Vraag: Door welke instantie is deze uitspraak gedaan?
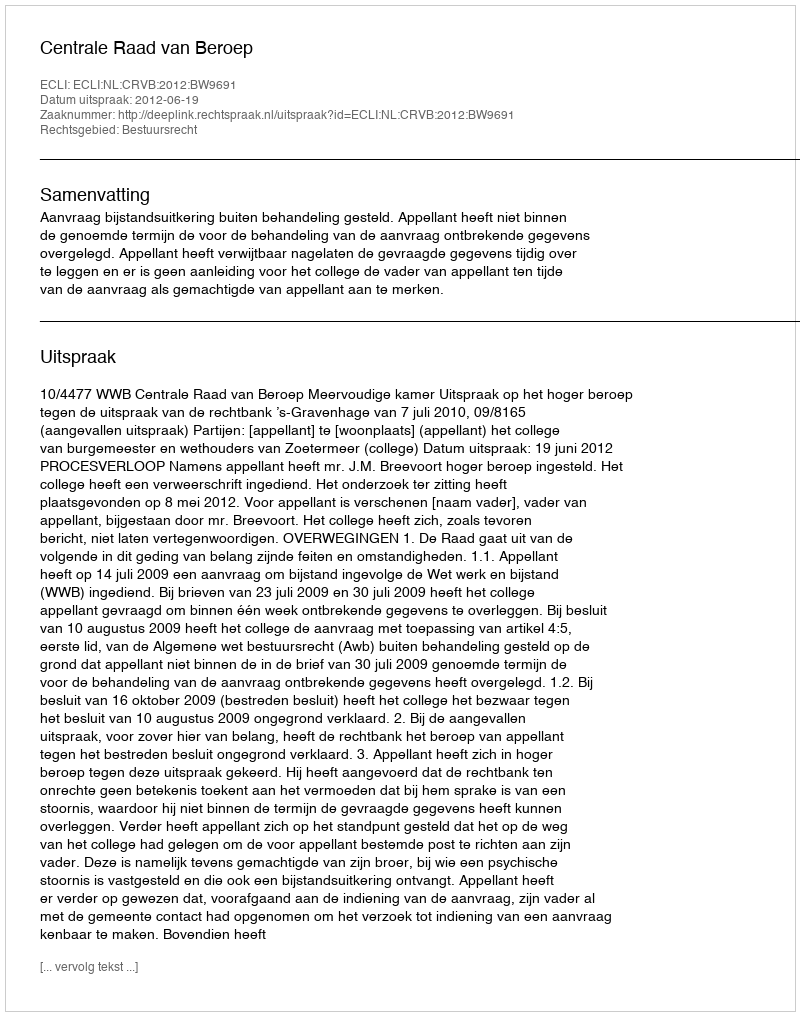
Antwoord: Centrale Raad van Beroep